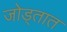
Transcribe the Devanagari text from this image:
जोड्तात